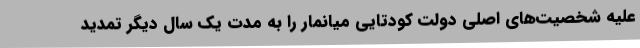
علیه شخصیت‌های اصلی دولت کودتایی میانمار را به مدت یک سال دیگر تمدید